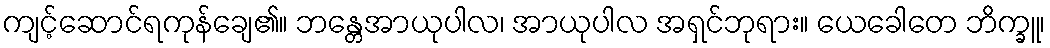
ကျင့်ဆောင်ရကုန်ချေ၏။ ဘန္တေအာယုပါလ၊ အာယုပါလ အရှင်ဘုရား။ ယေခေါတေ ဘိက္ခူ၊